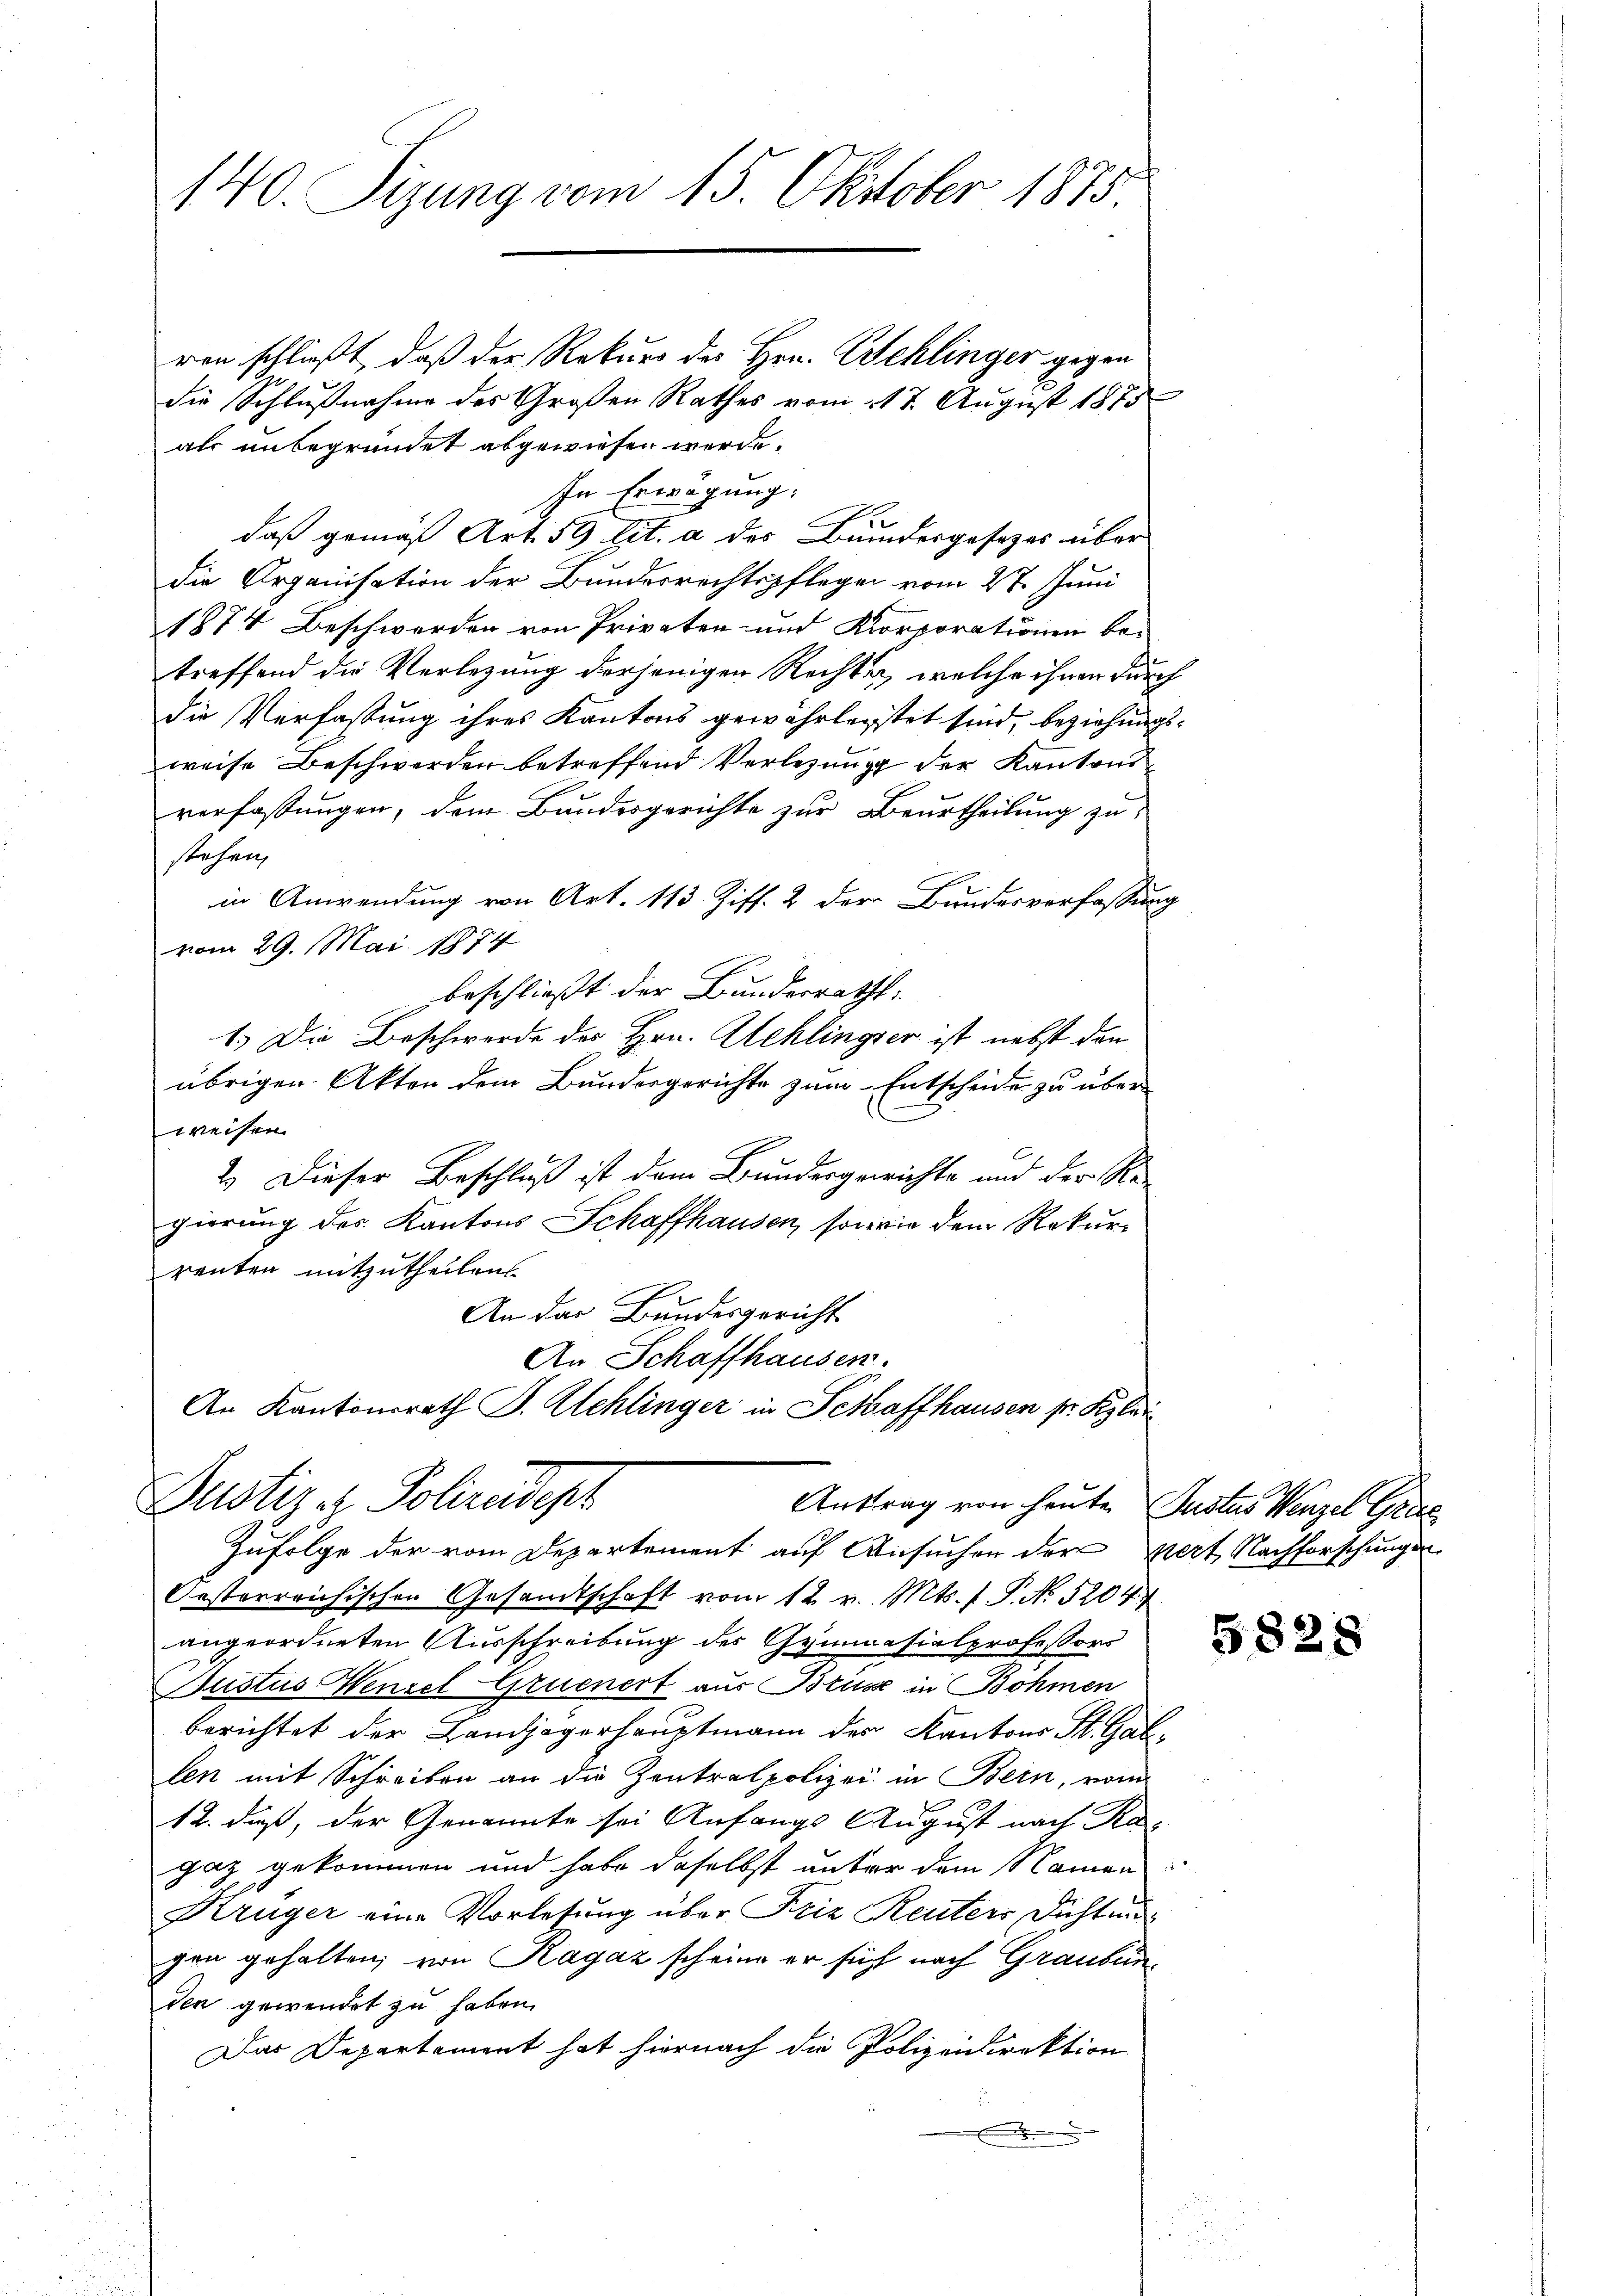
140. Sizung vom 15. Oktober 1875.

Justiz - Polizeidept
Auftrag von heute Justus Wenzel Grus

ren schließt, daß der Rekurs des Hrn. Wehlinger gegen
die Schlußnahme des Großen Rathes vom 17. August 1875
als unbegründet abgewiesen werde.
In Erwägung:
n
daß gemäß Art. 59 lit. a des Bundergesezes über
die Organisation der Bundesrechtspflegen vom 27. Juni
1874 Beschwerden von Privaten- und Korporationen be-
treffend die Verlegung derjenigen Rechter, welche ihnen durch
die Verfassung ihres Kantons gewährleistet sind, beziehungsweise Beschwerden betreffend Verlegung der Kantonsverfassungen, dem Bundesgerichte zur Beurtheilung zu
stehen,
in Anwendung von Art. 113. Ziff. 2 der Bundesverfassung
vom 29. Mai 1874
beschließt der Bundesrath:
1.) Die Beschwerde des Hrn. Achlingser ist nebst den
übrigen Akten dem Bundesgerichte zum Entscheide zu über
weisen.
2.) Dieser Beschluß ist dem Bundesgerichte und der Re-
gierung des Kantons Schaffhausen, sowie dem Rekur
renten mitzutheilen
An der Bundesgericht
An Schaffhausen.
An Kantonsrath J. Schlinger in Schaffhausen pr. Klei

Zufolge der vom Departement auf Ansuchen der mert Nachforschungen
Oesterreichischen Gesandtschaft vom 12. v. Mts. f. P. N. 5204
angeordneten Ausschreibung des Gymnasialprofessors
Bustus Wenzel Gruenert aus Bruse in Böhmen,
berichtet der Landjägerhauptmann des Kantons St. Gallen mit Schreiben an die Zentralpolizei in Bein, vom
12. daß, der Genannte sei Anfangs August nach Ra-
gaz gekommen und habe daselbst unter dem Namen:
Krüger eine Vorlesung über Friz Reuters Dichtun
gen gehalten, von Ragaz scheine er sich nach Graubunden gewendet zu haben.
Das Departement hat hiernach die Polizeidirektion.
.

5828